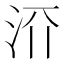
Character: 𬇝